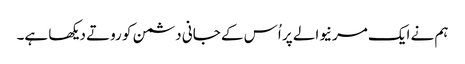
ہم نے ایک مرنیوالے پر اُس کے جانی دشمن کو روتے دیکھا ہے۔